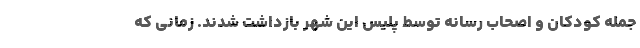
جمله کودکان و اصحاب رسانه‌ توسط پلیس این شهر بازداشت شدند. زمانی که